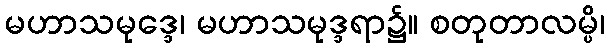
မဟာသမုဒ္ဒေ၊ မဟာသမုဒ္ဒရာ၌။ စတုတာလမ္ပိ၊